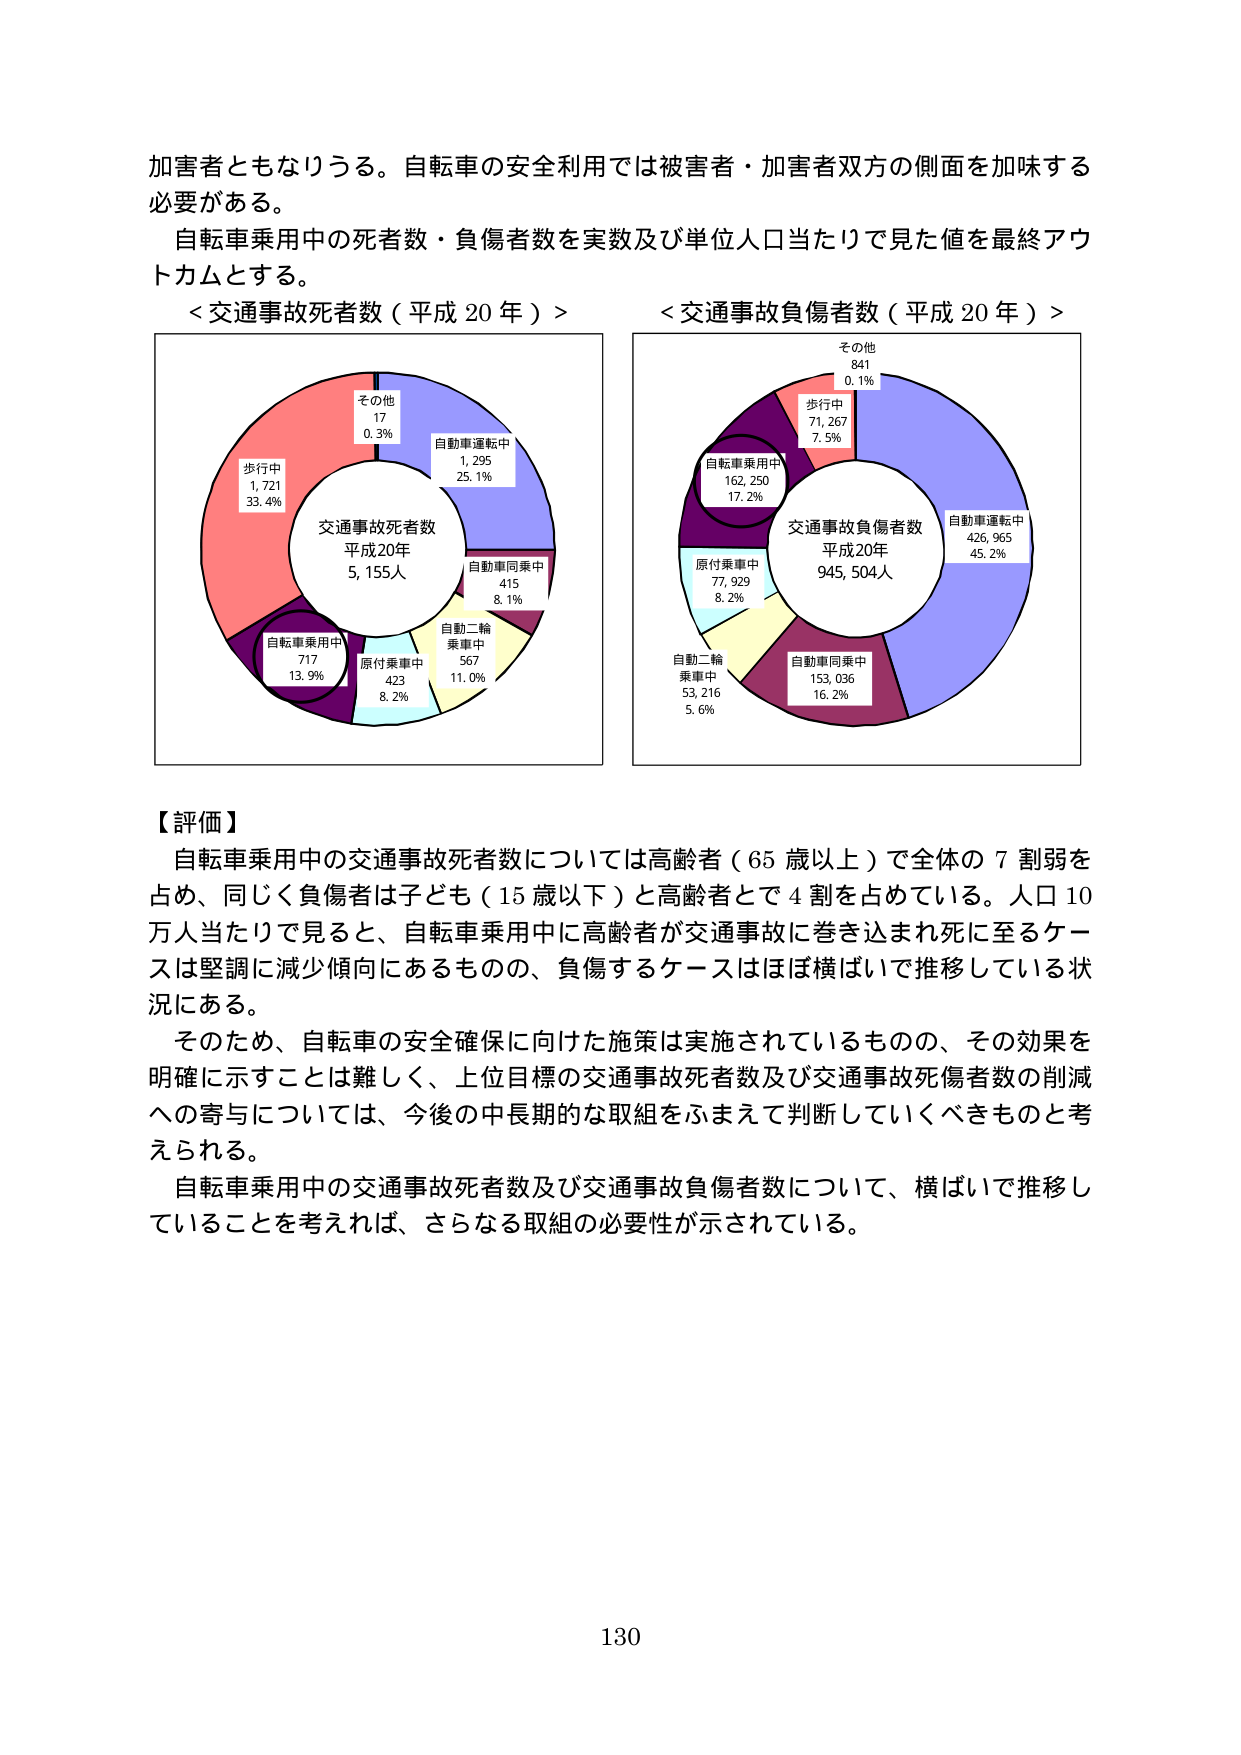
加害者ともなりうる。自転車の安全利用では被害者・加害者双方の側面を加味する必要がある。
自転車乗用中の死者数・負傷者数を実数及び単位人口当たりで見た値を最終アウトカムとする。
＜交通事故死者数（平成20年）＞
交通事故死者数
平成20年
5,155人
その他
17
0.3%
歩行中
1,721
33.4%
自転車乗用中
717
13.9%
原付乗車中
423
8.2%
自動二輪乗車中
567
11.0%
自動車同乗中
415
8.1%
自動車運転中
1,295
25.1%
＜交通事故負傷者数（平成20年）＞
交通事故負傷者数
平成20年
945,504人
その他
841
0.1%
歩行中
71,267
7.5%
自転車乗用中
162,250
17.2%
原付乗車中
77,929
8.2%
自動二輪乗車中
53,216
5.6%
自動車同乗中
153,036
16.2%
自動車運転中
426,965
45.2%
【評価】
自転車乗用中の交通事故死者数については高齢者（65歳以上）で全体の7割弱を占め、同じく負傷者は子ども（15歳以下）と高齢者とで4割を占めている。人口10万人当たりで見ると、自転車乗用中に高齢者が交通事故に巻き込まれ死に至るケースは堅調に減少傾向にあるものの、負傷するケースはほぼ横ばいで推移している状況にある。
そのため、自転車の安全確保に向けた施策は実施されているものの、その効果を明確に示すことは難しく、上位目標の交通事故死者数及び交通事故死傷者数の削減への寄与については、今後の中長期的な取組をふまえて判断していくべきものと考えられる。
自転車乗用中の交通事故死者数及び交通事故負傷者数について、横ばいで推移していることを考えれば、さらなる取組の必要性が示されている。
130